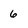
Character: 6